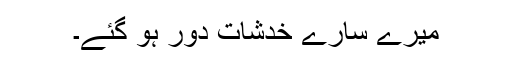
میرے سارے خدشات دور ہو گئے۔